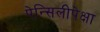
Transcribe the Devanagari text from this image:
पेन्सिलीपेक्षा